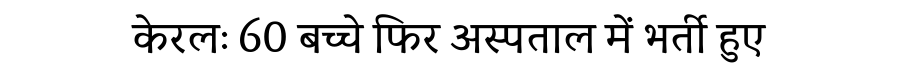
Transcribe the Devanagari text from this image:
केरलः 60 बच्चे फिर अस्पताल में भर्ती हुए